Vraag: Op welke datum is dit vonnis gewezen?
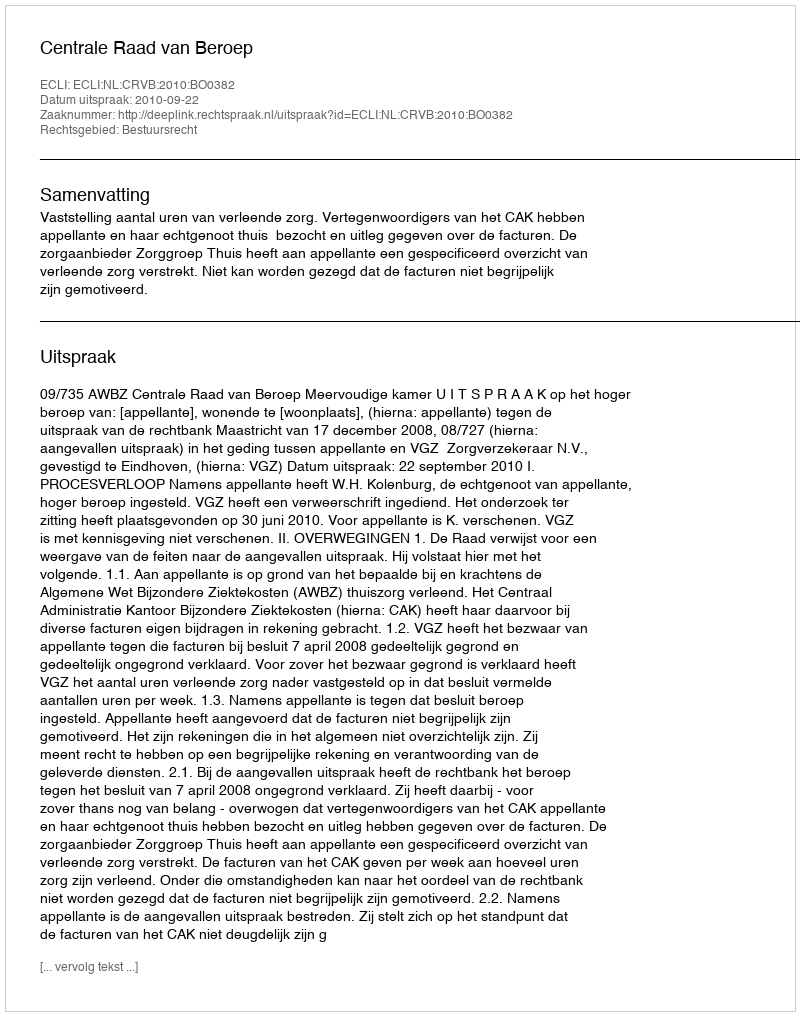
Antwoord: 2010-09-22